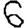
Digit: 6